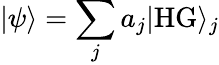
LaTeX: |\psi\rangle=\sum_{j}a_{j}|\mathrm{HG}\rangle_{j}